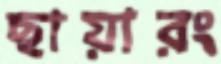
ছায়ারং